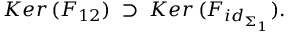
K e r \, ( F _ { 1 2 } ) \; \supset \; K e r \, ( F _ { i d _ { \Sigma _ { 1 } } } ) .